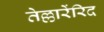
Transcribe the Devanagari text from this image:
तेल्लारेंरिद